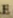
E